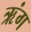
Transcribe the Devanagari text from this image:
ऋंग